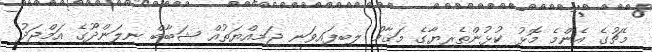
މެޗުގެ އެންމެ މޮޅު ކުޅުންތެރިޔާގެ މަޤާމް ލިބިފައިވަނީ ޖަމިއްޔަތުއް ޝަބާބް ނިލަންދޫގެ އަމްޖަދު